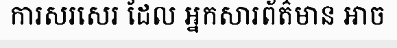
ការសរសេរ ដែល អ្នកសារព័ត៌មាន អាច